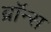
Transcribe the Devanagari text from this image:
ब्रॉन्‍स